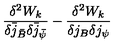
\frac { \delta ^ { 2 } W _ { k } } { \delta \bar { j } _ { \bar { B } } \delta \bar { j } _ { \bar { \psi } } } - \frac { \delta ^ { 2 } W _ { k } } { \delta j _ { B } \delta j _ { \psi } }